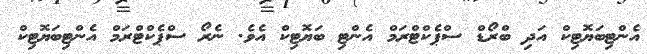
އެންޓިބަޔޮޓިކް އަދި ބްރޯޑް ސްޕެކްޓްރަމް އެންޓި ބަޔޮޓިކް އެވެ. ނެރޯ ސްޕެކްޓްރަމް އެންޓިބަޔޮޓިކް